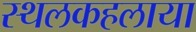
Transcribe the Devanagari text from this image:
स्थलकहलाया